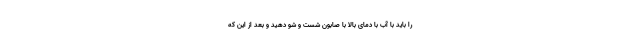
را باید با آب با دمای بالا با صابون شست و شو دهید و بعد از این که